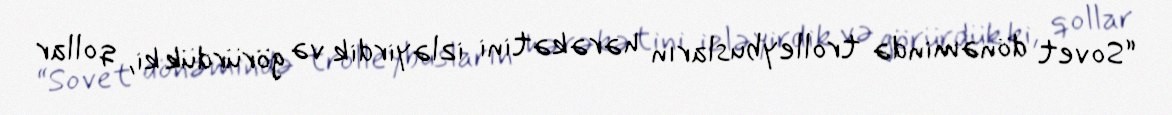
“Sovet dönəmində trolleybusların hərəkətini izləyirdik və görürdük ki, qollar